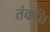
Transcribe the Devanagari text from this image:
तंकच्चि